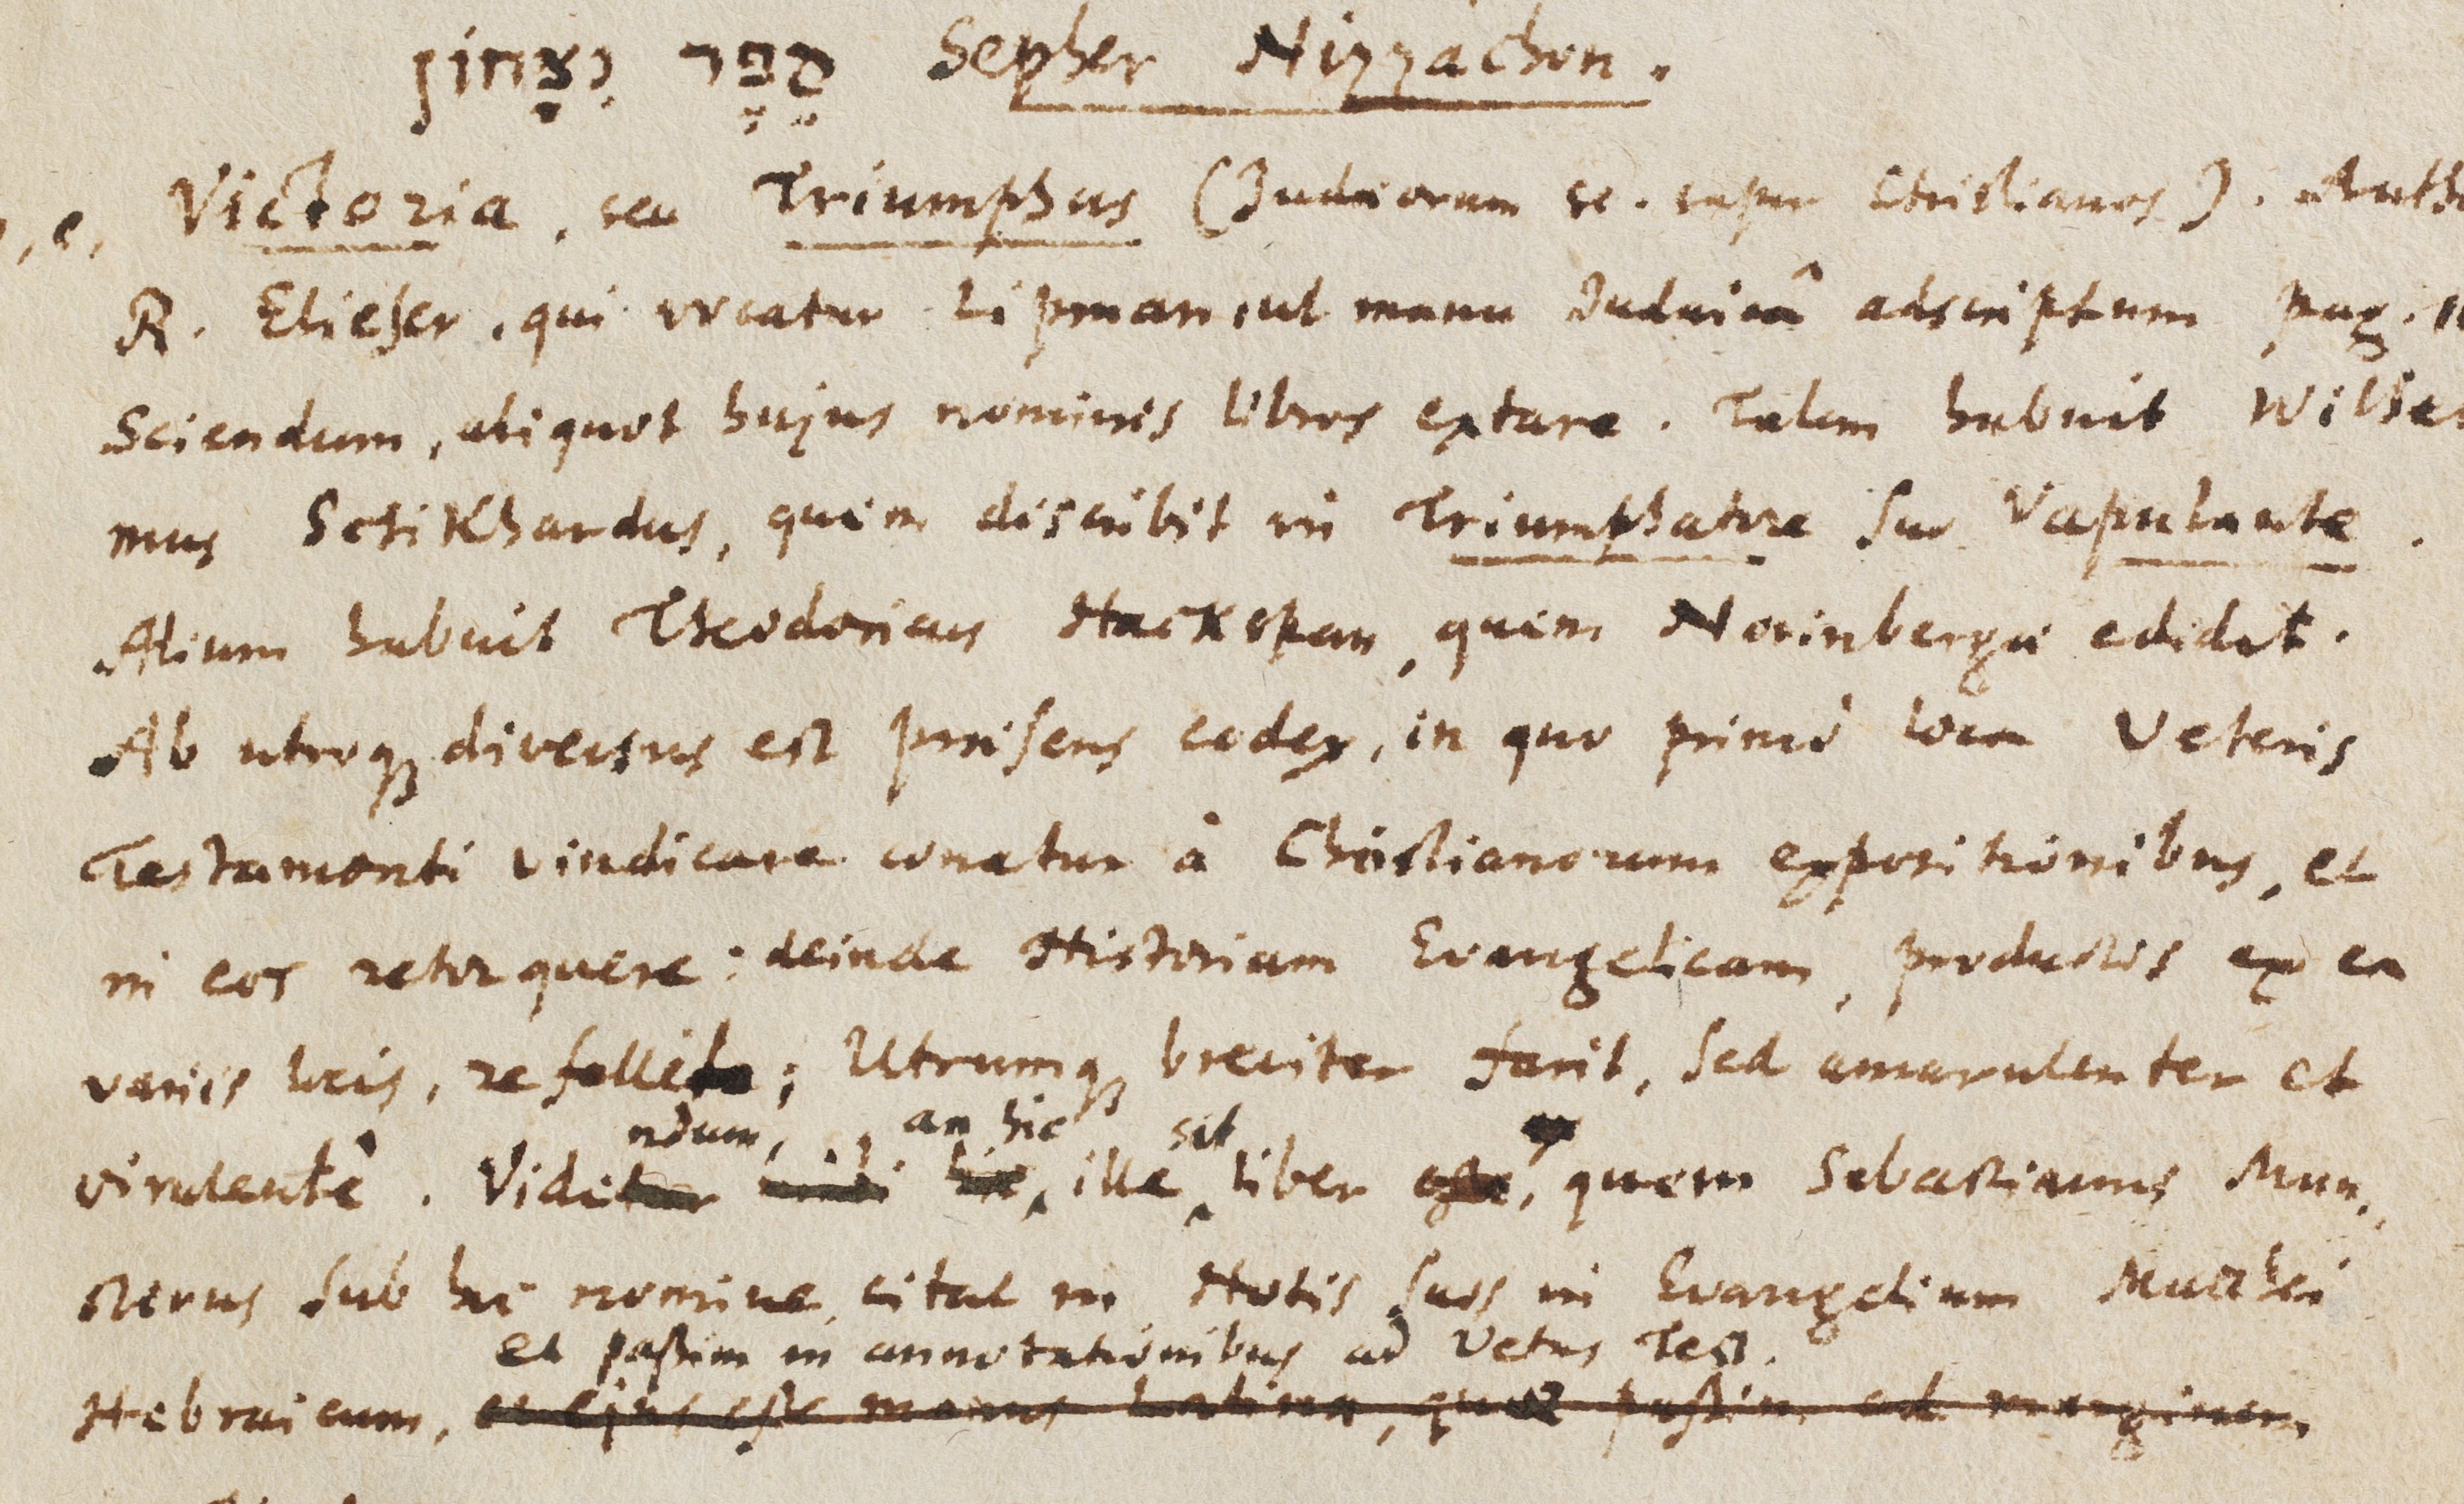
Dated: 1450–1499